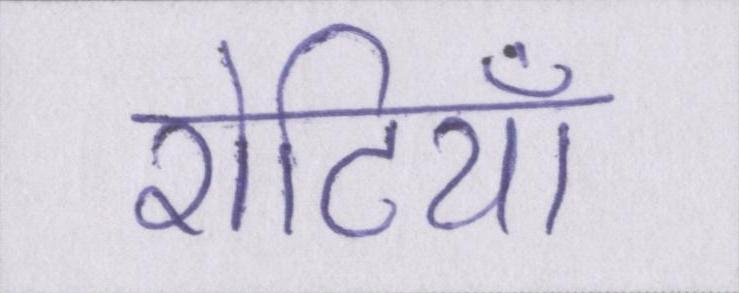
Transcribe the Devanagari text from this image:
रोटियाँ